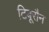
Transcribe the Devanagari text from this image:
टिबूरौन